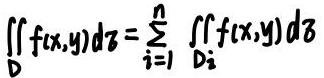
\[ \iint_D f(x,y) d\sigma = \sum_{i = 1}^{n} \iint_{D_i} f(x,y) d\sigma \]